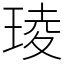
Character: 𤦫